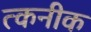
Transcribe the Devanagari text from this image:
त्कनीक